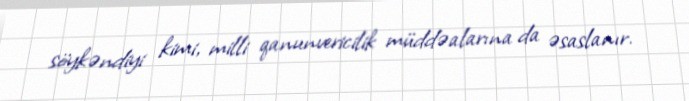
söykəndiyi kimi, milli qanunvericilik müddəalarına da əsaslanır.